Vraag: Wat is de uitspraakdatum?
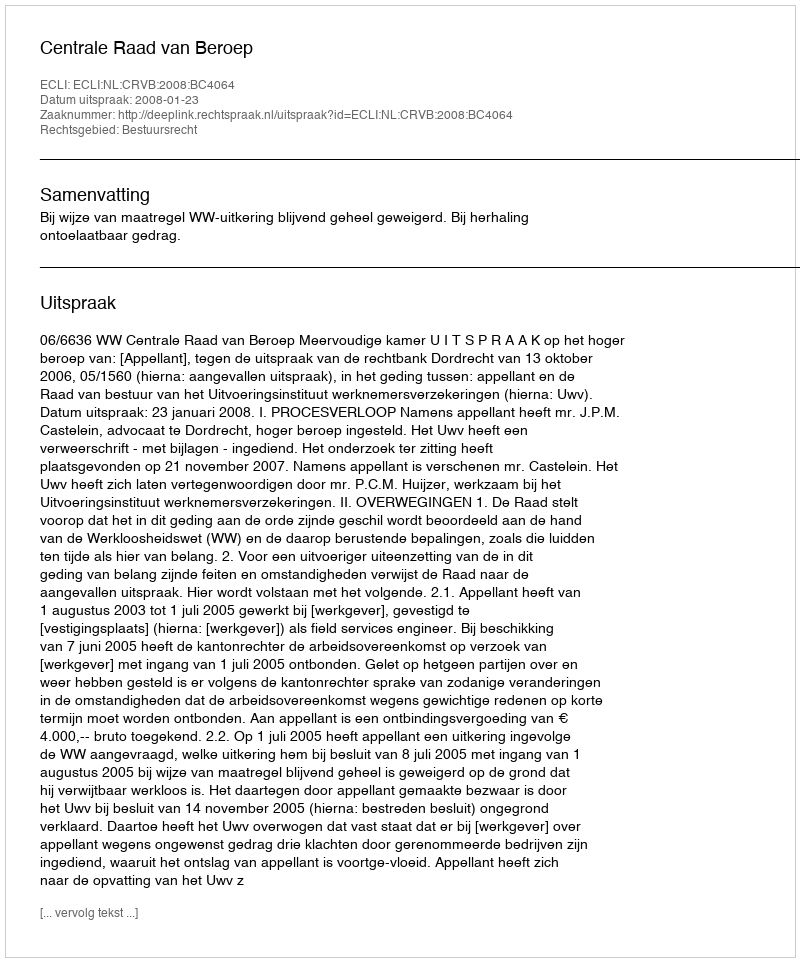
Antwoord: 2008-01-23